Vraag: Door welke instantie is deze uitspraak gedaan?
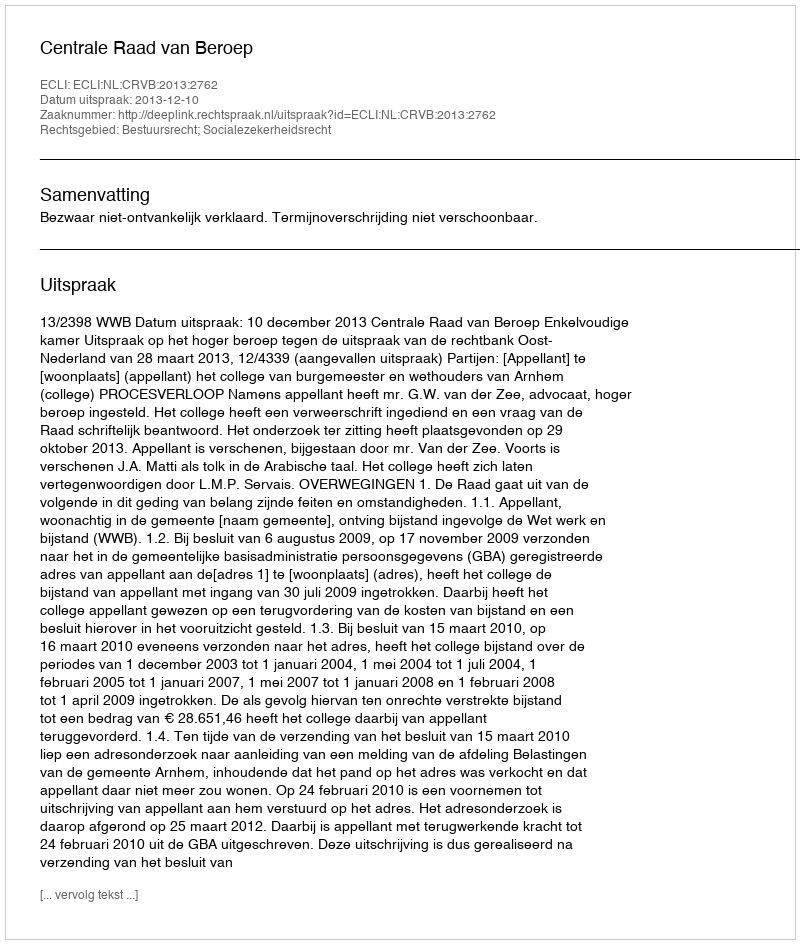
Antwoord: Centrale Raad van Beroep